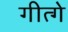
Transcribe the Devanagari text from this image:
गीत्गे